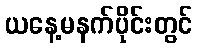
ယနေ့မနက်ပိုင်းတွင်